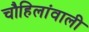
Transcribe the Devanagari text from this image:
चौहिलांवाली